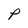
Character: P